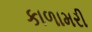
કાળામરી